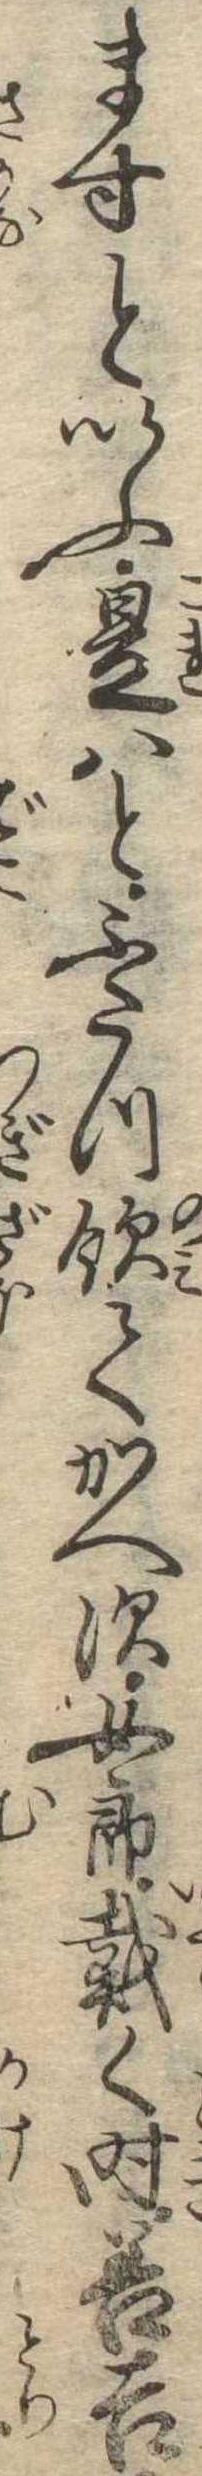
ますといふ是はとふたつ飲てかへす女郎戴く時善吉